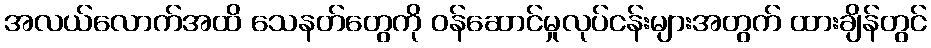
အလယ်လောက်အထိ သေနတ်တွေကို ဝန်ဆောင်မှုလုပ်ငန်းများအတွက် ထားချိန်တွင်